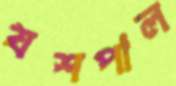
যশপাল